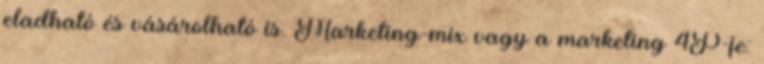
eladható és vásárolható is. Marketing-mix vagy a marketing 4P-je: